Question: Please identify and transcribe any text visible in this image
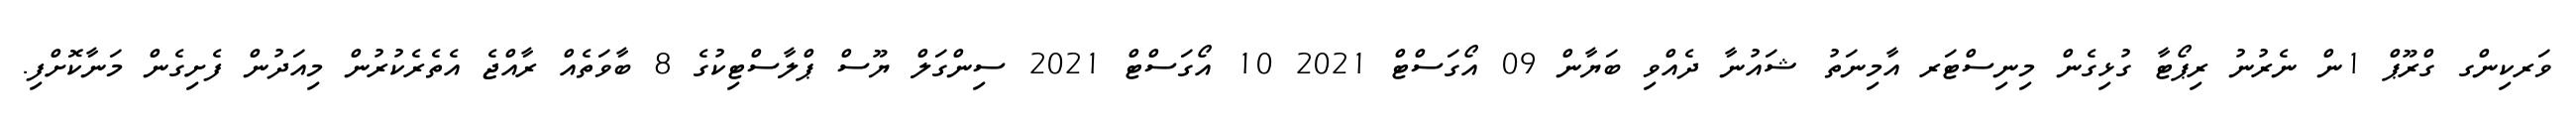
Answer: ވަރކިންގ ގްރޫޕް 1ން ނެރުނު ރިޕޯޓާ ގުޅިގެން މިނިސްޓަރ އާމިނަތު ޝައުނާ ދެއްވި ބަޔާން 09 އޯގަސްޓް 2021 10 އޯގަސްޓް 2021 ސިންގަލް ޔޫސް ޕްލާސްޓިކުގެ 8 ބާވަތެއް ރާއްޖެ އެތެރެކުރުން މިއަދުން ފެށިގެން މަނާކޮށްފި.